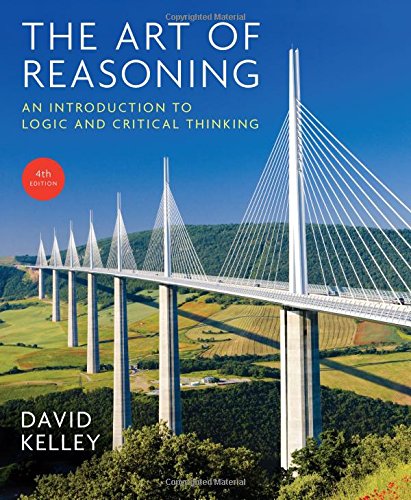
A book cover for The Art of Reasoning: An Introduction to Logic and Critical Thinking (Fourth Edition); David Kelley; Politics & Social Sciences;